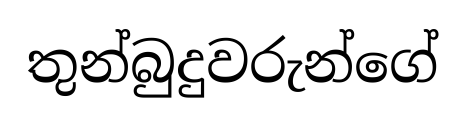
තුන්බුදුවරුන්ගේ